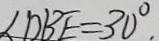
\angle D B E = 3 0 ^ { \circ }